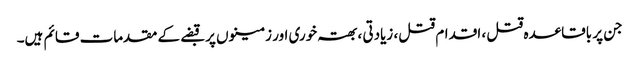
جن پر باقاعدہ قتل ، اقدام قتل، زیادتی ،بھتہ خوری اور زمینوں پر قبضے کے مقدمات قائم ہیں۔